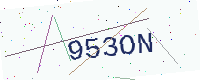
Text: 953ON